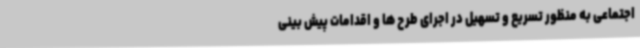
اجتماعی به منظور تسریع و تسهیل در اجرای طرح ها و اقدامات پیش بینی